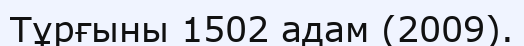
Тұрғыны 1502 адам (2009).